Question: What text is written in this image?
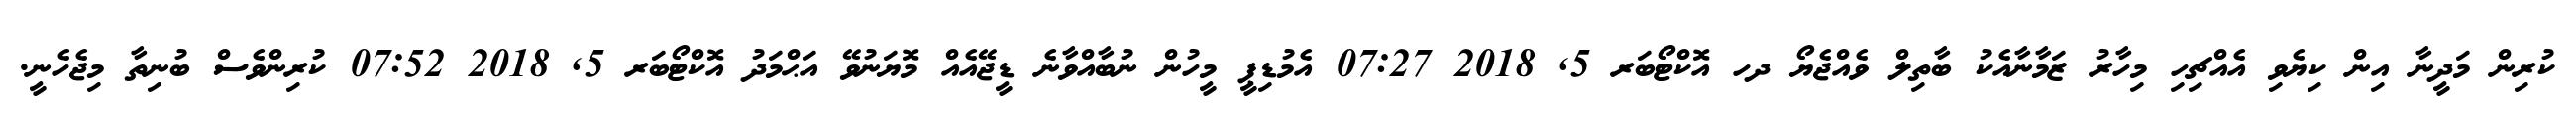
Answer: ކުރިން މަދީނާ އިން ކިޔެވި އެއްޗިހި މިހާރު ޒަމާނާއެކު ބާތިލް ވެއްޖެޔޯ ދހ އޮކްޓޯބަރ 5, 2018 07:27 އެމުޑިޕީ މީހުން ނުބާއްވާނެ ޑީޖޭއެއް މޮޔަނުވޭ އަޙްމަދު އޮކްޓޯބަރ 5, 2018 07:52 ކުރިންވެސް ބުނިތާ މިޖެހެނީ.